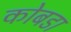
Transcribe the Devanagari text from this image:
कोबडा